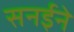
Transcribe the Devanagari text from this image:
सनईने